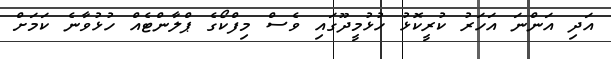
އަދި އަންނަ އަހަރު ކުރީކޮޅު ހުޅުމީދޫގައި ވެސް މިފްކޯގެ ޕްލާންޓެއް ހުޅުވާނެ ކަމަށް